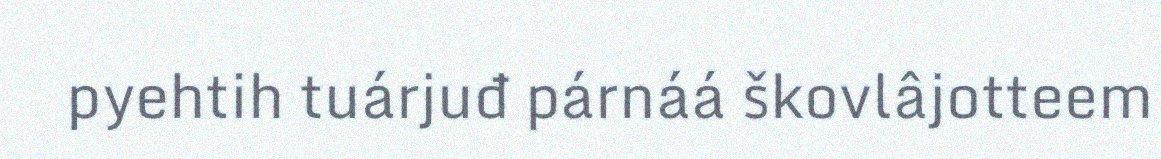
pyehtih tuárjuđ párnáá škovlâjotteem